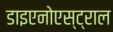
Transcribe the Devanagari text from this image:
डाइएनोएस्ट्राल